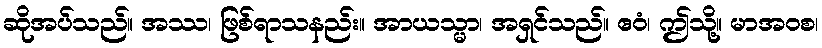
ဆိုအပ်သည်။ အဿ၊ ဖြစ်ရာသနည်း။ အာယသ္မာ၊ အရှင်သည်။ ဧဝံ၊ ဤသို့။ မာအဝစ၊